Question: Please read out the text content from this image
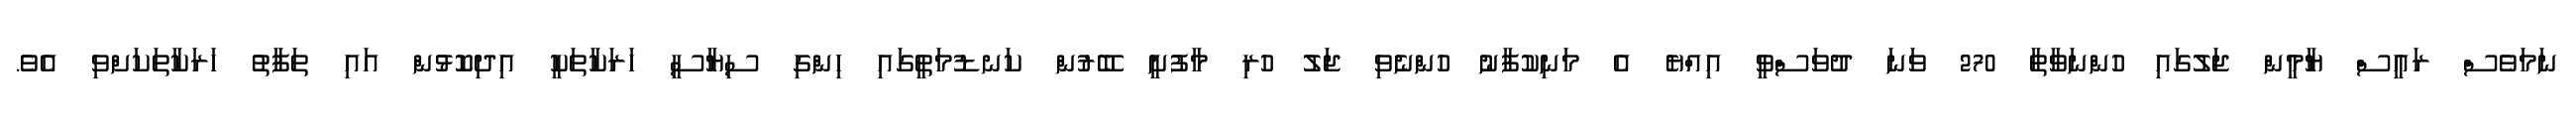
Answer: ނަމަވެސް ރައީސް ޔާމީން ޖަލުގައި ހުންނަވާތާ 270 ވަނަ ދުވަސްވީ އިއްޔެ އެ މަނިކުފާނު ހުންނެވި ޖަލު ހުރި މާފުށީ ބޭރުން ކަނޑުމަތީގައި ހިންގި ސިޔާސީ ހަރަކާތަކީ އިދިކޮޅުން އައި ތަފާތު ހަރަކާތަކަށްވި އެވެ.